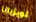
لويزيانا